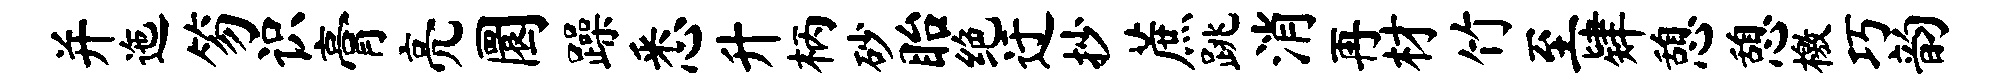
并迤笏识膏亮圜躁悉升柄砂眙绝迂抄蔗跳消再材竹至肄憩憩檄巧韵